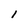
Character: 1